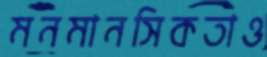
মনমানসিকতাও